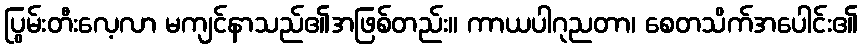
ပြွမ်းတီးလေ့လာ မကျင်နာသည်၏အဖြစ်တည်း။ ကာယပါဂုညတာ၊ စေတသိက်အပေါင်း၏